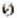
0